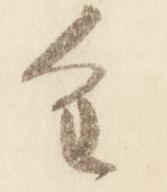
重